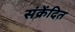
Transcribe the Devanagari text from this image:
संक्रेंदित